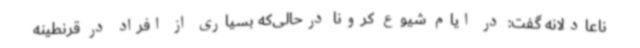
ناعادلانه گفت: در ایام شیوع کرونا درحالی‌که بسیاری از افراد در قرنطینه